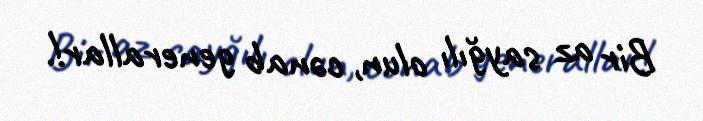
Bir az sayğılı olun, cənab generallar!.